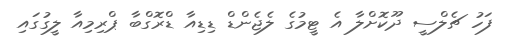
ފަހު ޗެލްސީ ދޫކޮށްލާ އެ ޓީމުގެ ލެޖެންޑް ޑިޑިއާ ޑްރޮގްބާ ޕްރިމިއާ ލީގުގައި